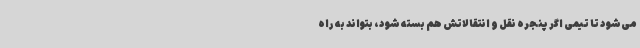
می‌شود تا تیمی اگر پنجره نقل و انتقالاتش هم بسته شود، بتواند به راه